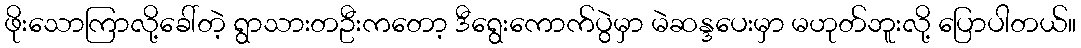
ဖိုးသောကြာလို့ခေါ်တဲ့ ရွာသားတဦးကတော့ ဒီရွေးကောက်ပွဲမှာ မဲဆန္ဒပေးမှာ မဟုတ်ဘူးလို့ ပြောပါတယ်။